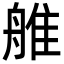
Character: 𦩏